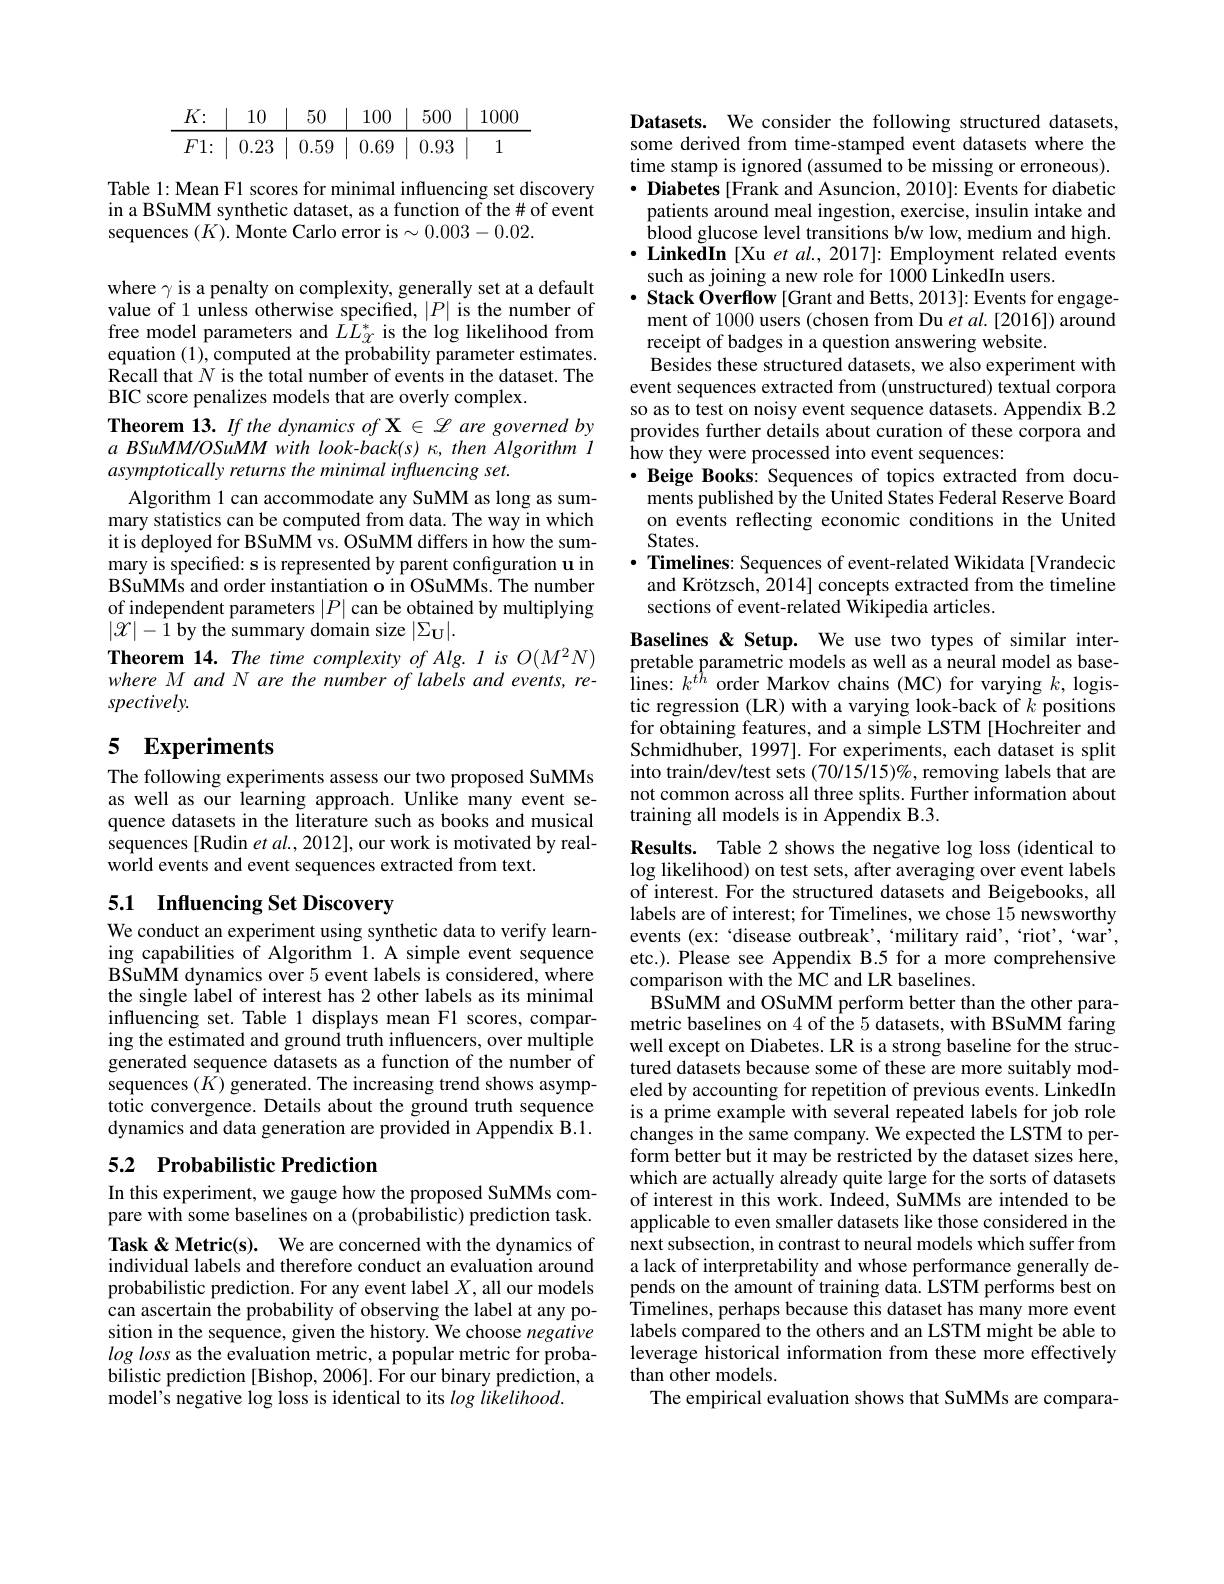
$$\begin{array}{c|c|c|c|c|c|c|c}K\colon&10&\mid&50&\mid&100&\mid&500&\mid&1000\\\hline F1\colon&0.23&\mid&0.59&\mid&0.69&\mid&0.93&\mid&1\end{array}$$
Table 1: Mean F1 scores for minimal influencing set discovery in a BSuMM synthetic dataset, as a function of the# of event sequences $(K).$ Monte Carlo error is$\sim0.003-0.02.$

where $\gamma$ is a penalty on complexity, generally set at a default value of 1 unless otherwise specified, $|P|$ is the number of free model parameters and $LL_{\mathcal{X}}^{*}$ is the log likelihood from equation (1), computed at the probability parameter estimates. $\hat{\text{Recall that }N}$ is the total number of events in the dataset. The BIC score penalizes models that are overly complex.
Theorem 13. If the dynamics of X $\in\mathscr{L}$ are governed by $a\textit{ BSuMM/ OSuMM with look- back( s) , then Algorithm l}$ asymptotically returns the minimal influencing set.
Algorithm 1 can accommodate any SuMM as long as summary statistics can be computed from data. The way in which it is deployed for BSuMM vs. OSuMM differs in how the summary is specified: s is represented by parent configuration u in BSuMMs and order instantiation o in OSuMMs. The number of independent parameters $|P|$ can be obtained by multiplying $|\mathcal{X}|-\bar{1}$ by the summary domain size $|\Sigma_\mathbf{U}|.$
Theorem 14. The time complexity of Alg. I is $O(M^{2}N)$ where M and N are the number of labels and events, respectively.

# 5 Experiments

The following experiments assess our two proposed SuMMs as well as our learning approach. Unlike many event sequence datasets in the literature such as books and musical sequences [Rudin et al., 2012], our work is motivated by realworld events and event sequences extracted from text.

# 5.1 Influencing Set Discovery

We conduct an experiment using synthetic data to verify learning capabilities of Algorithm 1. A simple event sequence BSuMM dynamics over 5 event labels is considered, where the single label of interest has 2 other labels as its minimal influencing set. Table 1 displays mean F1 scores, comparing the estimated and ground truth influencers, over multiple generated sequence datasets as a function of the number of sequences $(\hat{K})$ generated. The increasing trend shows asymptotic convergence. Details about the ground truth sequence dynamics and data generation are provided in Appendix B.1.

# 5.2 Probabilistic Prediction

In this experiment, we gauge how the proposed SuMMs compare with some baselines on a (probabilistic) prediction task. Task & Metric(s). We are concerned with the dynamics of individual labels and therefore conduct an evaluation around probabilistic prediction. For any event label $X$, all our models can ascertain the probability of observing the label at any position in the sequence, given the history. We choose negative logloss as the evaluation metric, a popular metric for probabilistic prediction [Bishop, 2006]. For our binary prediction, a model's negative log loss is identical to its log likelihood.

Datasets. We consider the following structured datasets, some derived from time-stamped event datasets where the time stamp is ignored (assumed to be missing or erroneous). $\cdot$ Diabetes [Frank and Asuncion, 2010]: Events for diabetic
patients around meal ingestion, exercise, insulin intake and $\hat{\text{blood glucose level transitions b/w low, medium and high.}}$ $\cdot$LinkedIn [Xu et al., 2017]: Employment related events
such as joining a new role for 1000 LinkedIn users.
$\cdot$ Stack Overflow[Grant and Betts, 2013]: Events for engage-
ment of 1000 users (chosen from Du et al.[2016]) around
receipt of badges in a question answering website.
Besides these structured datasets, we also experiment with event sequences extracted from (unstructured) textual corpora so as to test on noisy event sequence datasets. Appendix B.2 provides further details about curation of these corpora and how they were processed into event sequences:
$\cdot$ Beige Books: Sequences of topics extracted from docu-
ments published by the United States Federal Reserve Board on events reflecting economic conditions in the United States.
$\cdot$ Timelines: Sequences of event-related Wikidata[Vrandecic and Krötzsch, 2014] concepts extracted from the timeline sections of event-related Wikipedia articles.
Baselines& Setup. We use two types of similar interpretable parametric models as well as a neural model as baselines: $k^{th}$ order Markov chains (MC) for varying $k$, logistic regression (LR) with a varying look-back of $k$ positions for obtaining features, and a simple LSTM [Hochreiter and Schmidhuber, 1997]. For experiments, each dataset is split into train/dev/test sets $(70/15/15)\%$, removing labels that are not common across all three splits. Further information about training all models is in Appendix B.3.
Results. Table 2 shows the negative log loss (identical to $\log$ likelihood) on test sets, after averaging over event labels of interest. For the structured datasets and Beigebooks, all labels are of interest; for Timelines, we chose 15 newsworthy events (ex: ‘disease outbreak’,‘military raid’,‘riot’,‘war', etc.). Please see Appendix B.5 for a more comprehensive comparison with the MC and LR baselines.
BSuMM and OSuMM perform better than the other parametric baselines on 4 of the 5 datasets, with BSuMM faring well except on Diabetes. LR is a strong baseline for the structured datasets because some of these are more suitably modeled by accounting for repetition of previous events. LinkedIn is a prime example with several repeated labels for job role changes in the same company. We expected the LSTM to perform better but it may be restricted by the dataset sizes here, which are actually already quite large for the sorts of datasets of interest in this work. Indeed, SuMMs are intended to be applicable to even smaller datasets like those considered in the next subsection, in contrast to neural models which suffer from a lack of interpretability and whose performance generally depends on the amount of training data. LSTM performs best on Timelines, perhaps because this dataset has many more event labels compared to the others and an LSTM might be able to leverage historical information from these more effectively

than other models.
The empirical evaluation shows that SuMMs are compara-